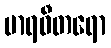
မာရဓီတရော